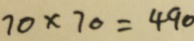
7 0 \times 7 0 = 4 9 0